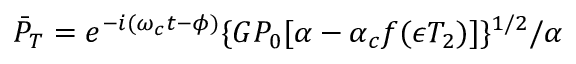
\bar { P } _ { T } = e ^ { - i ( \omega _ { c } t - \phi ) } \{ G P _ { 0 } [ \alpha - \alpha _ { c } f ( \epsilon T _ { 2 } ) ] \} ^ { 1 / 2 } / \alpha